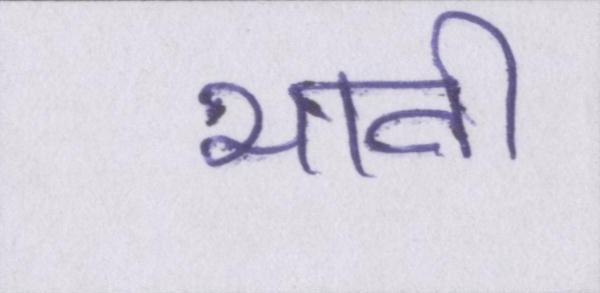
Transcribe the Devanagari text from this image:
भावी